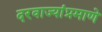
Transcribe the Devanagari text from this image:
दरवाज्यांप्रमाणे